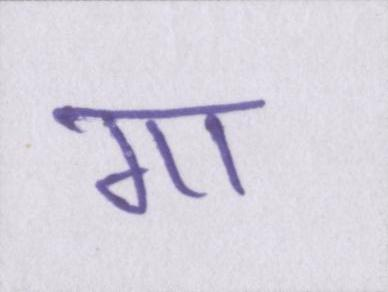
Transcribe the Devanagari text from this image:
गा